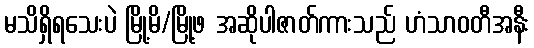
မသိရှိရသေးပဲ မြို့မိ/မြို့ဖ အဆိုပါဇာတ်ကားသည် ဟံသာဝတီအနီး